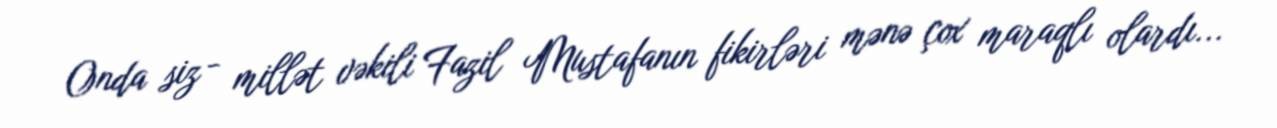
Onda siz - millət vəkili Fazil Mustafanın fikirləri mənə çox maraqlı olardı...